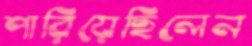
পারিয়েছিলেন